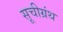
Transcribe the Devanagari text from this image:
सूचीग्रंथ